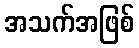
အသက်အဖြစ်